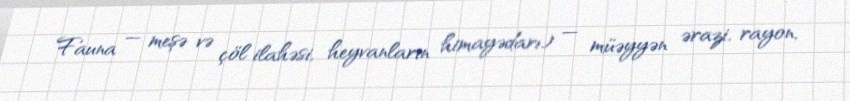
Fauna — meşə və çöl ilahəsi, heyvanların himayədarı) — müəyyən ərazi, rayon,